Annual statistical returns and brief notes on vaccination in Bengal - 1887-1898
Year: 1887
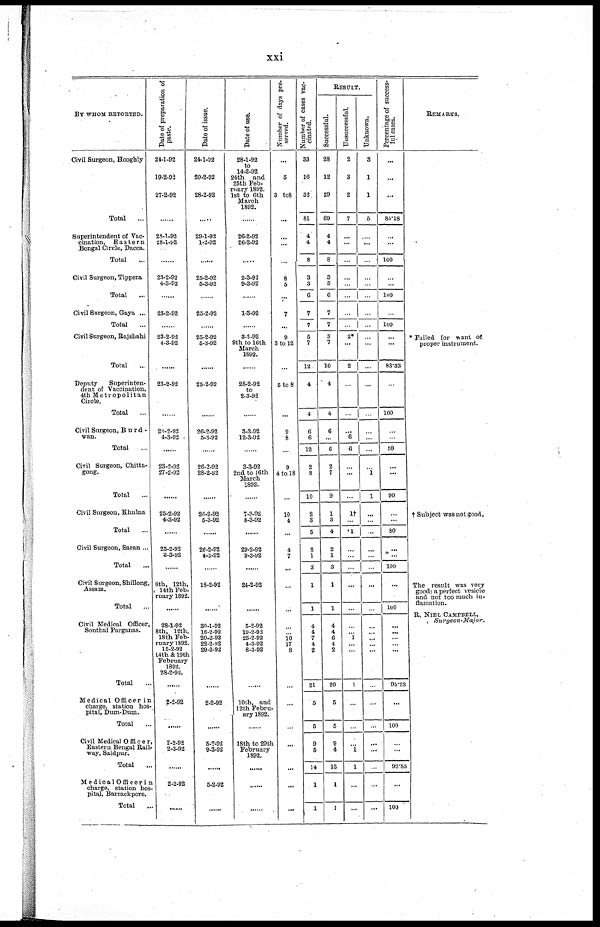
xxi
BY WHOM REPORTED.
Civil Surgeon, Hooghly
Total
...
Superintendent of Vac-
cination, Eastern
Bengal Circle, Dacca.
Total ...
Civil Surgeon, Tippera
Total ...
Civil Surgeon, Goya ...
Total ...
Civil Surgeon, Rajshahi
Total ...
Deputy
Superinten-
dent of Vaccination,
4th Metropolitan
Circle.
Total ...
Civil Surgeon, B u rd -
van.
Total ...
Civil Surgeon, Chitta-
gong.
Total
...
Civil Surgeon, Khulna
Total ...
Civil Surgeon, Saran...
Total ...
Civil Surgeon, Shillong,
Assam.
Total ...
Civil Medical Officer,
Sonthal Parganas.
Total ...
Medical Officer in
charge, station hos-
pital, Dum-Dum.
Total ...
Civil Medical Officer,
way, Saidpur.
Total ...
Medical Officer in
charge, station hos-
pital, Borrackpore.
Total ...
Date of preparation of
paste.
24-1-92
19-2-92
27-2-92
......
28-1-92
28-1-92
......
23-2-92
4-3-92
......
23-2-92
......
23-2-92
4-3-92
......
23-2-92
......
23-2-92
4-3-92
......
23-2-92
27-2-92
......
25-2-92
4-3-92
......
25-2-92
2-3-92
......
8th, 12th,
14th Feb-
ruary 1892.
......
28-1-92
8th, 12th,
18th Feb-
ruary 1892.
15-2-92
14th &19th
February
1892.
28-2-92.
......
2-2-92
......
2-2-92
2-3-92
......
2-2-92
......
Date of issue.
24-1-92
20-2-92
28-2-92
......
29-1-92
1-2-92
......
25-2-92
5-3-92
......
25-2-92
......
25-2-92
5-3-92
......
25-2-92
......
26-2-92
5-3-92
......
26-2-92
28-2-92
......
26-2-92
5-3-92
......
26-2-92
4-3-92
......
18-2-92
......
30-1-92
18-2-92
20-2-92
22-2-92
29-2-92
......
2-2-92
5-2-92
9-3-92
......
5-2-92
......
Date of use.
28-1-92
to
14-2-92
24th and
25th Feb-
ruary 1892.
1st to 6th
March
1892.
...
26-2-92
26-2-92
......
2-3-92
9-3-92
......
1-3-92
......
3-3-92
9th to 16th
March
1892.
......
28-2-92
to
2-3-92
......
3-3-92
12-3-92
......
3-3-92
2nd to 16th
March
1892.
......
7-3-92
8-3-92
......
29-2-92
9-3-92
......
24-2-92
......
5-2-92
19-2-92
25-2-92
4-3-92
8-3-92
......
10th, and
12th Febru-
ary 1892.
......
18th to 29th
February
1892.
...
......
......
Number of days pre-
served.
...
5
3 to 8
...
...
...
...
8
5
...
7
...
9
3 to 12
...
5to8
...
9
8
...
9
4 to 18
...
10
4
...
4
7
...
...
......
...
...
10
17
8
...
...
...
...
...
...
...
...
Number of cases vac-
cinated.
33
16
32
81
4
4
8
3
3
6
7
7
5
7
12
4
4
6
6
12
2
8
10
2
3
5
2
1
3
1
1
4
4
7
4
2
21
5
5
9
5
14
1
1
RESULT.
Successful.
28
12
29
69
4
4
8
3
3
6
7
7
3
7
10
4
4
6
...
6
2
7
9
1
3
4
2
1
3
1
1
4
4
6
4
2
20
5
5
9
4
13
1
1
Uusuccessful.
2
3
2
7
...
...
...
...
...
...
...
...
2*
...
2
...
...
...
6
6
...
...
...
1†
...
1
...
...
...
...
...
...
... 1
...
...
1
...
...
...
1
1
...
...
Unknown.
3
1
1
5
...
...
...
...
...
...
...
...
...
...
...
...
...
...
...
...
...
1
1
...
...
...
...
...
...
...
...
...
...
...
...
...
...
...
...
...
...
...
...
...
Percentage of success-
ful cases.
...
...
...
85.18
...
...
100
...
...
100
...
100
...
...
83.33
...
100
...
...
50
...
...
90
...
...
80
...
...
100
...
100
...
...
...
...
...
95.23
...
100
...
...
92.85
...
100
REMARKS.
* Failed for want of
proper instrument.
† Subject was not good.
The result was very
good a perfect vesicle
and not too much in-
flamation.
R. NIEL CAMPBELL,
Surgeon-Major.